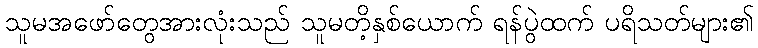
သူမအဖော်တွေအားလုံးသည် သူမတိ့နှစ်ယောက် ရန်ပွဲထက် ပရိသတ်များ၏